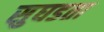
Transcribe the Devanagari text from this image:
सुघडता